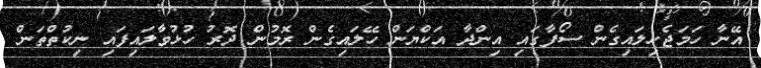
އޭނާ ހަމަޖެހިލައިގެން ސޯފާގައި އިންދާ އަކްޔަން ހޭލައިގެން ރޮމުން ދޮރު ހުޅުވާލައިފައި ނިކުތްތަން